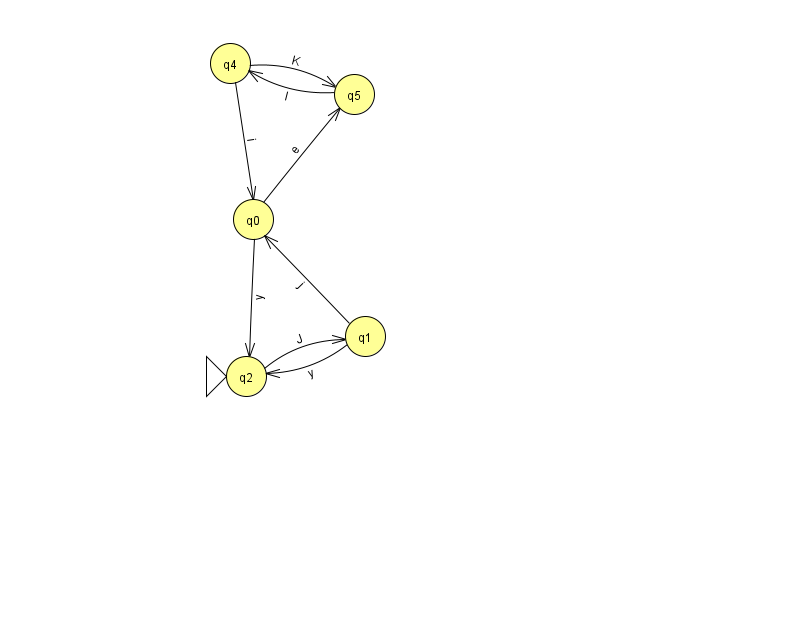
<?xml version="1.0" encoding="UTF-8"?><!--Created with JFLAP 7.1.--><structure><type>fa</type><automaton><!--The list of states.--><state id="0" name="q0"><x>253.0</x><y>206.0</y></state><state id="1" name="q1"><x>365.0</x><y>323.0</y></state><state id="2" name="q2"><x>246.0</x><y>363.0</y><initial/></state><state id="4" name="q4"><x>230.0</x><y>50.0</y></state><state id="5" name="q5"><x>354.0</x><y>81.0</y></state><!--The list of transitions.--><transition><from>0</from><to>2</to><read>y</read></transition><transition><from>1</from><to>0</to><read>j</read></transition><transition><from>0</from><to>5</to><read>e</read></transition><transition><from>2</from><to>1</to><read>J</read></transition><transition><from>5</from><to>4</to><read>I</read></transition><transition><from>4</from><to>0</to><read>i</read></transition><transition><from>1</from><to>2</to><read>y</read></transition><transition><from>4</from><to>5</to><read>K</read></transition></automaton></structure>